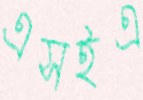
এসইএ